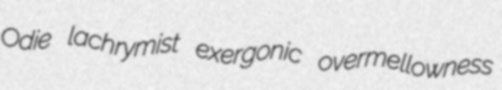
Odie lachrymist exergonic overmellowness